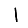
Digit: 1